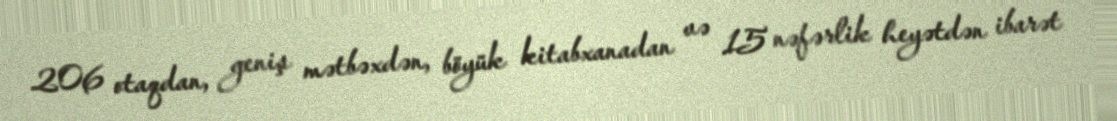
206 otaqdan, geniş mətbəxdən, böyük kitabxanadan və 15 nəfərlik heyətdən ibarət